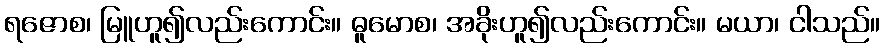
ရဇောစ၊ မြူဟူ၍လည်းကောင်း။ ဓူမောစ၊ အခိုးဟူ၍လည်းကောင်း။ မယာ၊ ငါသည်။